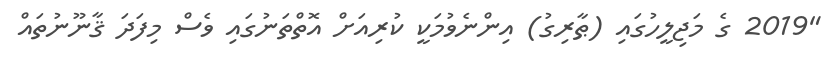
"2019 ގެ މަޖިލީހުގައި (ޠާރިގު) އިންނެވުމަކީ ކުރިއަށް އޮތްތަނުގައި ވެސް މިފަދަ ޤާނޫނުތައް